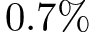
0 . 7 \%